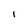
Character: I